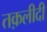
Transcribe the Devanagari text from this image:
तक़लीदी